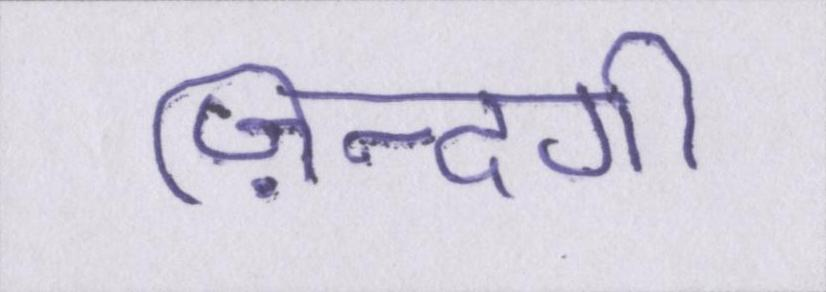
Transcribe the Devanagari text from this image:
ज़िन्दगी